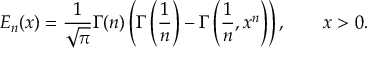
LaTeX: E _ { n } ( x ) = { \frac { 1 } { \sqrt { \pi } } } \Gamma ( n ) \left( \Gamma \left( { \frac { 1 } { n } } \right) - \Gamma \left( { \frac { 1 } { n } } , x ^ { n } \right) \right) , \quad \quad x > 0 .